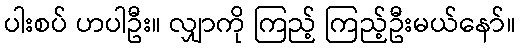
ပါးစပ် ဟပါဦး။ လျှာကို ကြည့် ကြည့်ဦးမယ်နော်။